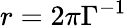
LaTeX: r=2\pi\Gamma^{-1}